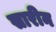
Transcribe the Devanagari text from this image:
सारीन